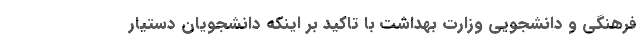
فرهنگی و دانشجویی وزارت بهداشت با تاکید بر اینکه دانشجویان دستیار